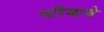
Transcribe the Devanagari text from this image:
गरिबाचे